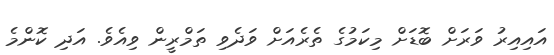
އައިއިރު ވަރަށް ބޮޑަށް މިކަމުގެ ތެރެއަށް ވަދެވި ތަމްރީން ވިއެވެ. އަދި ކޮންމެ